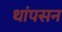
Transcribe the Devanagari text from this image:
थांपसन